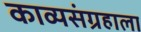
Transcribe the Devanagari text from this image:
काव्यसंग्रहाला